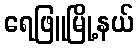
ရေဖြူမြို့နယ်